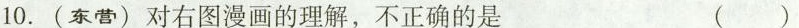
10.(东营)对右图漫画的理解，不正确的是 ()